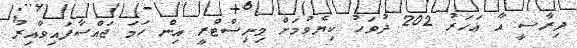
ދިރާސީ އާ އަހަރު 202 ދުވަހު ކިޔެވުމަށް މިނިސްޓްރީ އިން ހަމަ ޖައްސާފައިވާއިރު